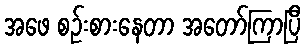
အဖေ စဉ်းစားနေတာ အတော်ကြာပြီ